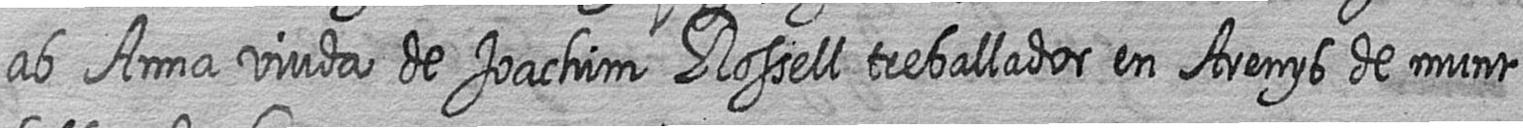
ab Anna viuda de Joachim Rossell treballador en Arenys de munt